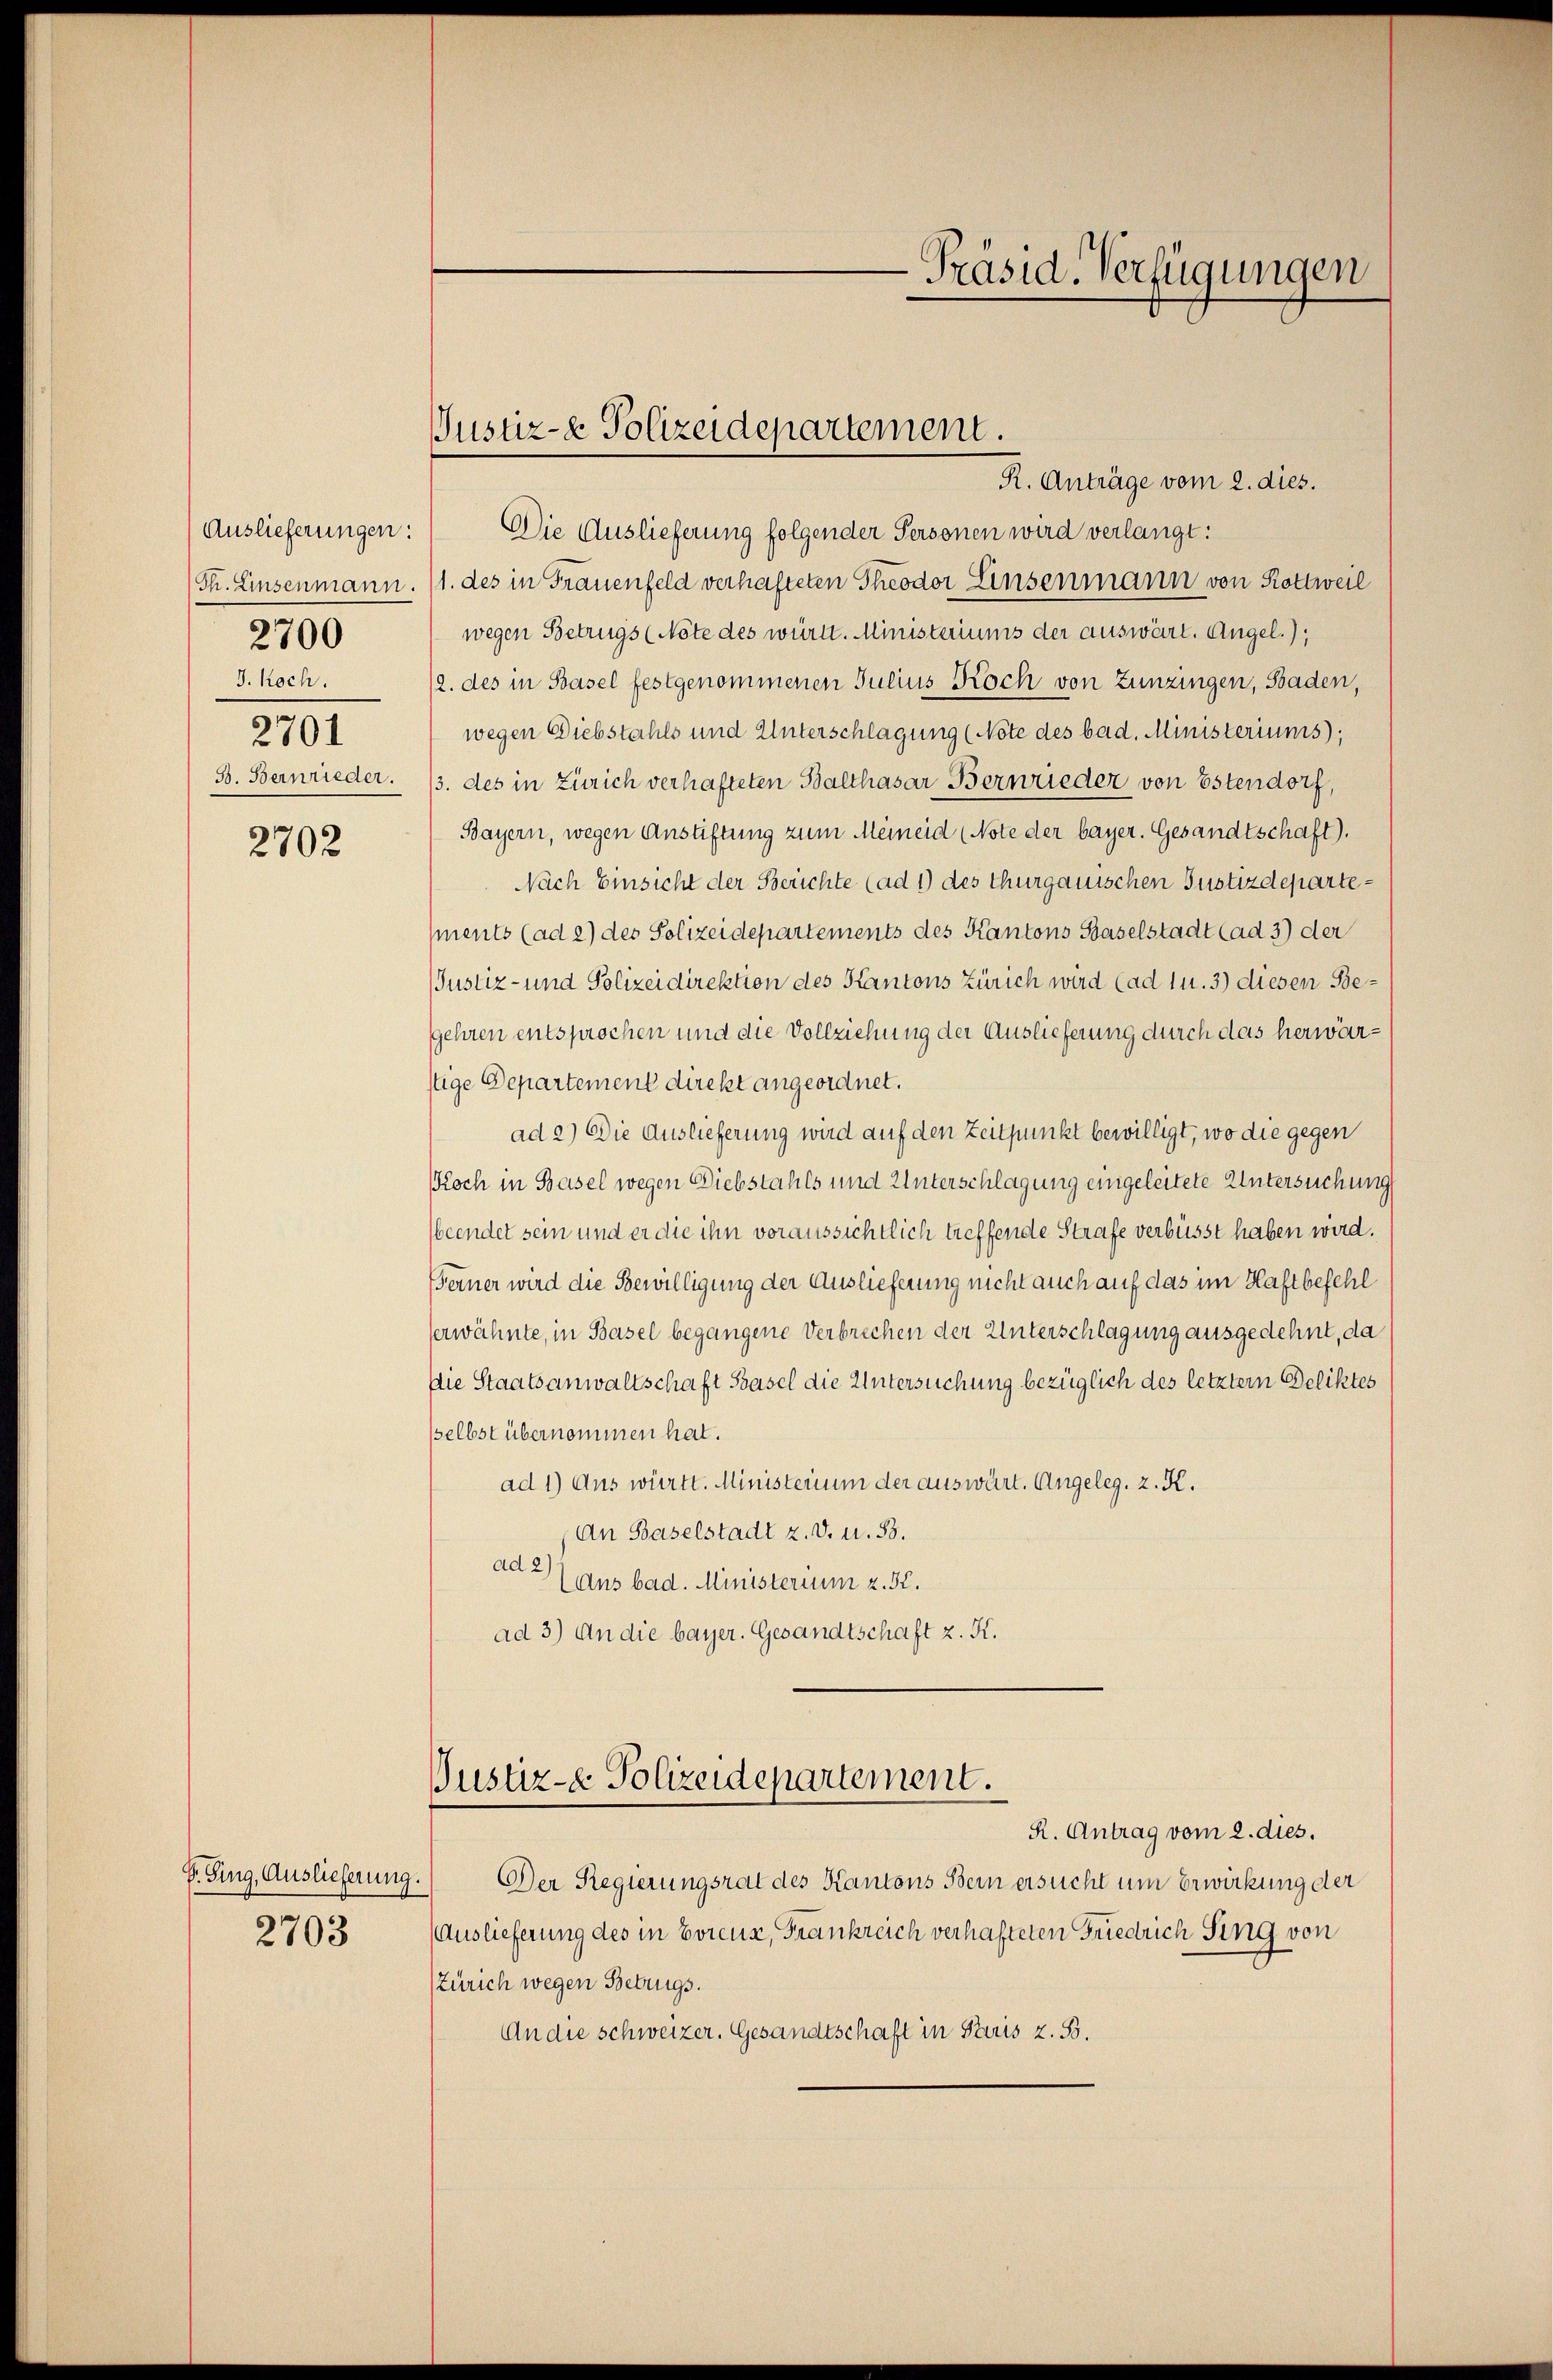
Auslieferungen:
J. koch.
2701
B. Bernrieder.

2700

2702

Dr. Ging, Auslieferung.
2703

R. Anträge vom 2. dies.
Die Auslieferung folgender Personen wird verlangt:
Th. Einsenmann. (1. des in Frauenfeld verhafteten Theodor Einsenmann von Rottweil
wegen Betrugs (Note des württ. Ministeriums der auswärt. Angel.);
2. des in Basel festgenommenen Julius Koch von Zünzingen, Baden,
wegen Diebstahls und Unterschlagung (Note des bad. Ministeriums);
/3. des in Zürich verhafteten Balthasar Bernrieder von Estendorf,
Bayern, wegen Anstiftung zum Meineid (Note der bayer. Gesandtschaft).
Nach Einsicht der Berichte (ad 1) des Thurgauischen Justizdepartements (ad 2) des Polizeidepartements des Kantons Baselstadt (ad 3) der
Justiz- und Polizeidirektion des Kantons Zürich wird (ad 1 u. 3) diesen Begehren entsprochen und die Vollziehung der Auslieferung durch das herwärstige Departement direkt angeordnet.
ad 2) Die Auslieferung wird auf den Zeitpunkt bewilligt, wo die gegen
Koch in Basel wegen Diebstahls und Unterschlagung eingeleitete Untersuchung
beendet sein und er die ihn voraussichtlich treffende Strafe verbüsst haben wird.
Ferner wird die Bewilligung der Auslieferung nicht auch auf das im Haftbefehl
serwähnte, in Basel begangene Verbrechen der Unterschlagung ausgedehnt, da
Die Staatsanwaltschaft Basel die Untersuchung bezüglich des letztem Deliktes
sselbst übernommen hat.
ad 1) Aus württ. Ministerium der auswärt. Angeleg, z. K.
An Baselstadt z. v. u. 83.
ad 2 (aus bad. Ministerium 2. 57.
ad 3) An die bayer. Gesandtschaft z. K.
Bustiz- & Polizeidepartement.
R. Antrag vom 2. dies.
Der Regierungsrat des Kantons Bern ersucht um Erwirkung der
Auslieferung des in Evieux, Frankreich verhafteten Friedrich sing von
Zürich wegen Betrugs.
An die Schweizer. Gesandtschaft in Paris z. B.

Justiz- & Polizeidepartement.

-Präsid. Verfügungen